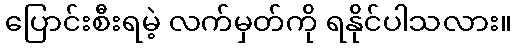
ပြောင်းစီးရမဲ့ လက်မှတ်ကို ရနိုင်ပါသလား။